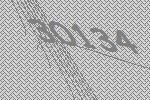
30134